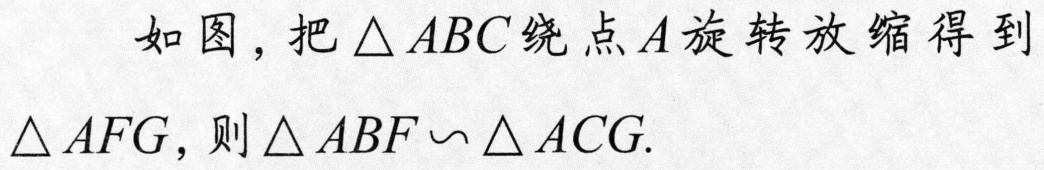
如图，把\(\triangle ABC\)绕点\(A\)旋转放缩得到\(\triangle AFG\)，则\(\triangle ABF\backsim\triangle ACG\).